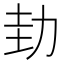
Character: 劸